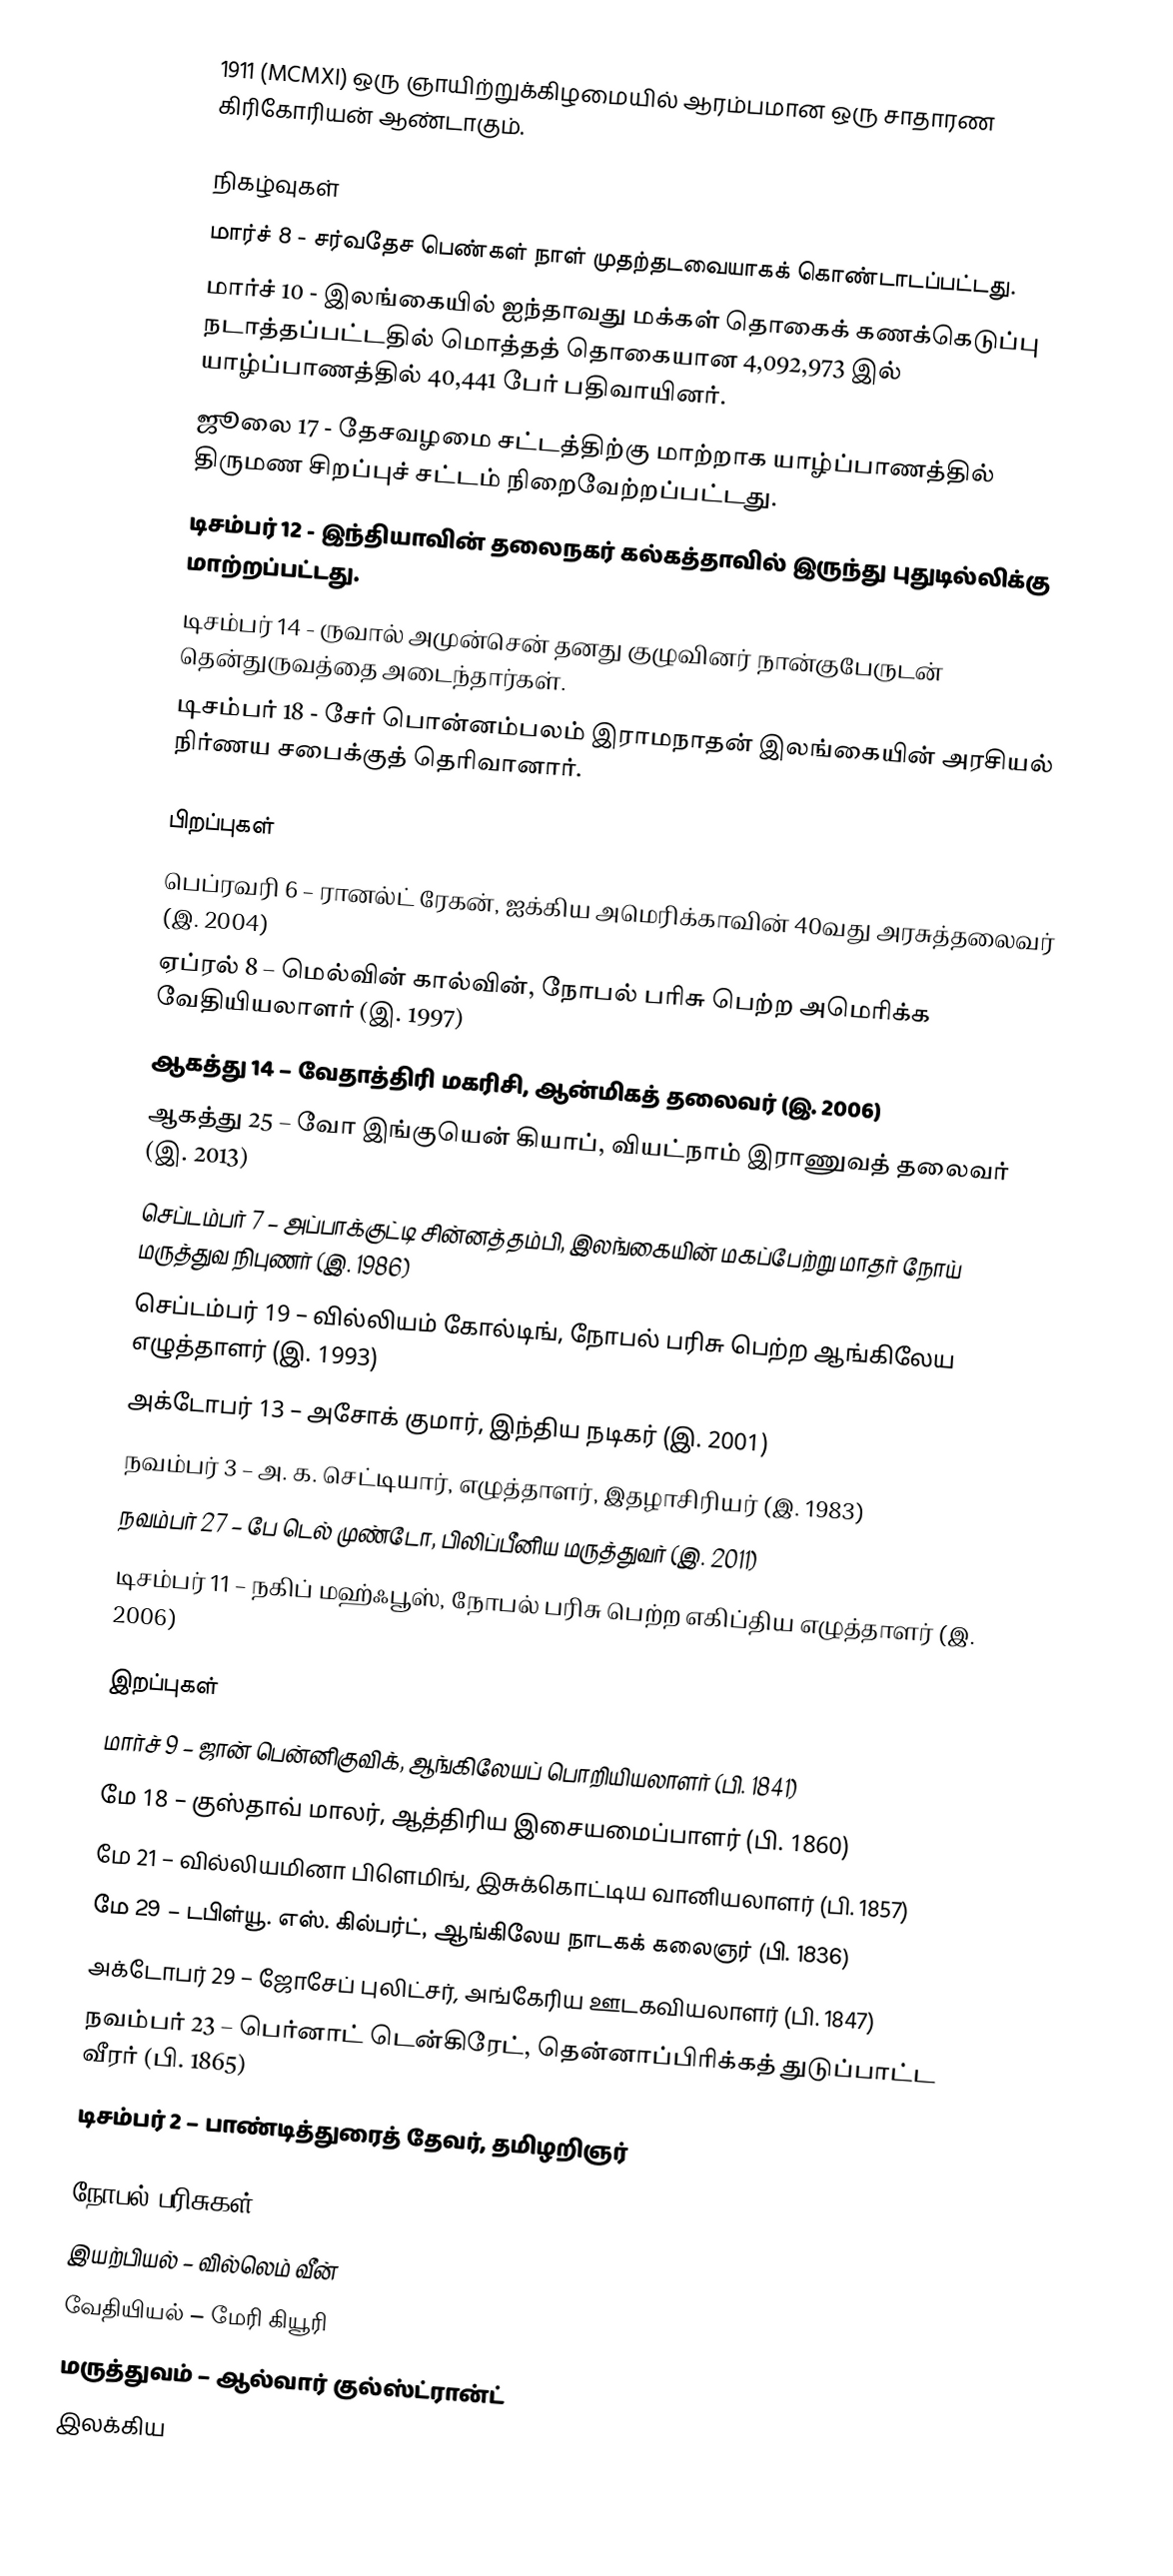
1911  (MCMXI) ஒரு ஞாயிற்றுக்கிழமையில் ஆரம்பமான ஒரு சாதாரண கிரிகோரியன் ஆண்டாகும்.

நிகழ்வுகள்
 மார்ச் 8 - சர்வதேச பெண்கள் நாள் முதற்தடவையாகக் கொண்டாடப்பட்டது.
 மார்ச் 10 - இலங்கையில் ஐந்தாவது மக்கள் தொகைக் கணக்கெடுப்பு நடாத்தப்பட்டதில் மொத்தத் தொகையான 4,092,973 இல் யாழ்ப்பாணத்தில் 40,441 பேர் பதிவாயினர்.
 ஜூலை 17 - தேசவழமை சட்டத்திற்கு மாற்றாக யாழ்ப்பாணத்தில் திருமண சிறப்புச் சட்டம் நிறைவேற்றப்பட்டது.
 டிசம்பர் 12 - இந்தியாவின் தலைநகர் கல்கத்தாவில் இருந்து புதுடில்லிக்கு மாற்றப்பட்டது.
 டிசம்பர் 14 - ருவால் அமுன்சென் தனது குழுவினர் நான்குபேருடன் தென்துருவத்தை அடைந்தார்கள்.
 டிசம்பர் 18 - சேர் பொன்னம்பலம் இராமநாதன் இலங்கையின் அரசியல் நிர்ணய சபைக்குத் தெரிவானார்.

பிறப்புகள்
 பெப்ரவரி 6 – ரானல்ட் ரேகன், ஐக்கிய அமெரிக்காவின் 40வது அரசுத்தலைவர் (இ. 2004)
 ஏப்ரல் 8 – மெல்வின் கால்வின், நோபல் பரிசு பெற்ற அமெரிக்க வேதியியலாளர் (இ. 1997)
 ஆகத்து 14 – வேதாத்திரி மகரிசி, ஆன்மிகத் தலைவர் (இ. 2006)
 ஆகத்து 25 – வோ இங்குயென் கியாப், வியட்நாம் இராணுவத் தலைவர் (இ. 2013)
 செப்டம்பர் 7 – அப்பாக்குட்டி சின்னத்தம்பி, இலங்கையின் மகப்பேற்று மாதர் நோய் மருத்துவ நிபுணர் (இ. 1986)
 செப்டம்பர் 19 – வில்லியம் கோல்டிங், நோபல் பரிசு பெற்ற ஆங்கிலேய எழுத்தாளர் (இ. 1993)
 அக்டோபர் 13 – அசோக் குமார், இந்திய நடிகர் (இ. 2001)
 நவம்பர் 3 – அ. க. செட்டியார், எழுத்தாளர், இதழாசிரியர் (இ. 1983)
 நவம்பர் 27 – பே டெல் முண்டோ, பிலிப்பீனிய மருத்துவர் (இ. 2011)
 டிசம்பர் 11 – நகிப் மஹ்ஃபூஸ், நோபல் பரிசு பெற்ற எகிப்திய எழுத்தாளர் (இ. 2006)

இறப்புகள்
 மார்ச் 9 – ஜான் பென்னிகுவிக், ஆங்கிலேயப் பொறியியலாளர் (பி. 1841)
 மே 18 – குஸ்தாவ் மாலர், ஆத்திரிய இசையமைப்பாளர் (பி. 1860)
 மே 21 – வில்லியமினா பிளெமிங், இசுக்கொட்டிய வானியலாளர் (பி. 1857)
 மே 29 –  டபிள்யூ. எஸ். கில்பர்ட், ஆங்கிலேய நாடகக் கலைஞர் (பி. 1836)
 அக்டோபர் 29 – ஜோசேப் புலிட்சர், அங்கேரிய ஊடகவியலாளர் (பி. 1847)
 நவம்பர் 23 – பெர்னாட் டென்கிரேட், தென்னாப்பிரிக்கத் துடுப்பாட்ட வீரர் (பி. 1865)
 டிசம்பர் 2 – பாண்டித்துரைத் தேவர், தமிழறிஞர்

நோபல் பரிசுகள்
 இயற்பியல் – வில்லெம் வீன்
 வேதியியல் – மேரி கியூரி
 மருத்துவம் – ஆல்வார் குல்ஸ்ட்ரான்ட்
 இலக்கிய